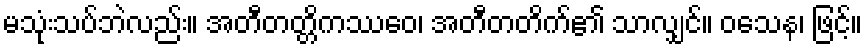
မသုံးသပ်ဘဲလည်း။ အတီတတ္တိကဿေဝ၊ အတီတတိက်၏ သာလျှင်။ ဝသေန၊ ဖြင့်။